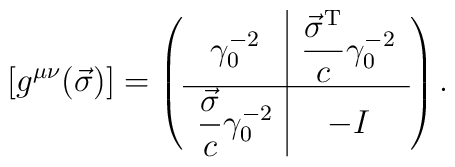
\left[g^{\mu\nu}(\vec\sigma)\right]=\left(\begin{array}{c|c}\gamma_0^{-2}&\displaystyle\frac{\vec\sigma^{\rm T}}{c}\gamma_0^{-2}\\[1ex]\hline\displaystyle\frac{\vec\sigma}{c}\gamma_0^{-2}&-I\end{array}\right).